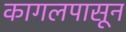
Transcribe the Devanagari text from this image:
कागलपासून